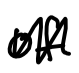
Text: of
Cross-out: zig-zag
Writing tool: digital_black